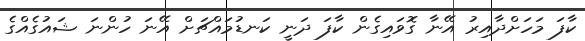
ކާފަ މަހަށްދާއިރު އޭނާ ގޮވައިގެން ކާފަ ދަނީ ކަނޑުމައްޗަށް އޭނަ ހުންނަ ޝައުގެއްގެ